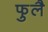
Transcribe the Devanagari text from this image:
फुलै